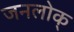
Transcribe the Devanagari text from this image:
जनलोक्